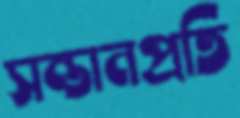
সন্তানপ্রতি